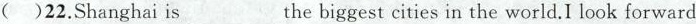
()22.Shanghai is ___ the biggest cities in the world.I look forward